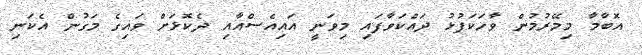
އޮބާމާ މިމޭރުމުން ވާހަކަފުޅު ދައްކަވާފައި މިވަނީ އައިއެސްއާއި ދެކޮޅަށް ވައިގެ މަގުން އެކަނި